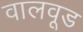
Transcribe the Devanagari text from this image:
वालवूड